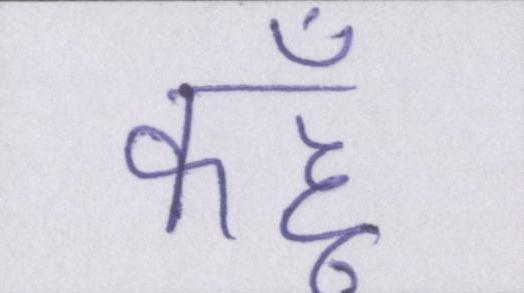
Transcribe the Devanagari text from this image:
कहूँ